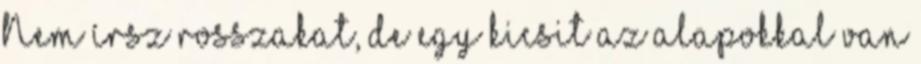
Nem írsz rosszakat, de egy kicsit az alapokkal van